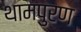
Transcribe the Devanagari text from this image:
थामपुरण